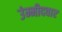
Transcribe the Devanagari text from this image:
उंम्मीदवार